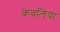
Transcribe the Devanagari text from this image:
केवलिया